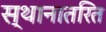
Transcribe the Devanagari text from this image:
स्थानातरित